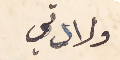
ولادتي